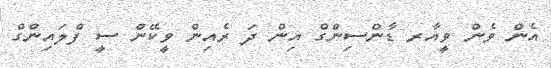
އެން ވެން ވީއާރ ޑާންސިންގް އިން ދަ ރެއިން ވީކޭން ސީ ފްލައިންގް